Reports on military cantonments and civil stations in the Presidency of Bombay inspected by the Sanitary Commissioner in the years 1875 and 1876
Year: 1875
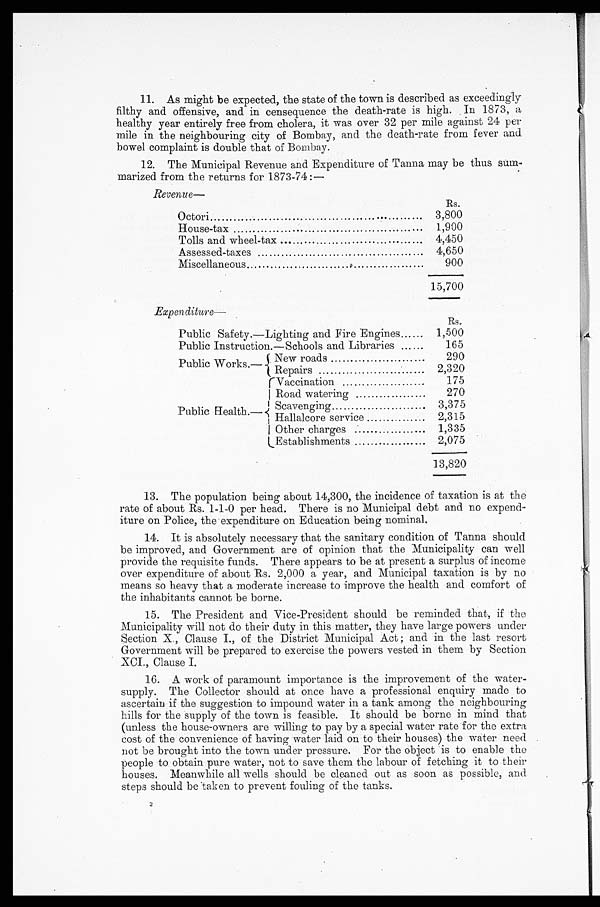
11.
As might be expected, the state of the town is described as exceedingly
filthy and offensive, and in censequence the death-rate is high. In 1873, a
healthy year entirely free from cholera, it was over 32 per mile against 24 per
mile in the neighbouring city of Bombay, and the death-rate from fever and
bowel complaint is double that of Bombay.
12.
The Municipal Revenue and Expenditure of Tanna may be thus sum-
marized from the returns for 1873-74:—
Revenue
Rs.
Octori.................
3,800
House-tax
1,900
Tolls and wheel-tax
.
4,450
Assessed-taxes.
4,650
Miscellaneous..
900
15,700
E x p e n d i t u r e —
Rs.
Public Safety.—Lighting and Fire Engines......
1,500
Public Instruction.—Schools and Libraries ......
165
Public Works.—
New roads
290
Repairs
Public Health.—
Vaccination
175
Road watering
270
Scavenging
3,375
Hallalcore service
.2,315
Other charges
.
1,335
Establishments
2,075
13,820
13.
The population being about 14,300, the incidence of taxation is at the
rate of about Rs. 1-1-0 per head. There is no Municipal debt and no expend-
iture on Police, the expenditure on Education being nominal.
14.
It is absolutely necessary that the sanitary condition of Tanna should
be improved, and Government are of opinion that the Municipality can well
provide the requisite funds. There appears to be at present a surplus of income
over expenditure of about Rs. 2,000 a year, and Municipal taxation is by no
means so heavy that a moderate increase to improve the health and comfort of
the inhabitants cannot be borne.
15.
The President and Vice-President should be reminded that, if the
Municipality will not do their duty in this matter, they have large powers under
Section X., Clause I., of the District Municipal Act; and in the last resort
Government will be prepared to exercise the powers vested in them by Section
NCI., Clause I.
16.
A work of paramount importance is the improvement of the water-
supply. The Collector should at once have a professional enquiry made to
ascertain if the suggestion to impound water in a tank among the neighbouring
hills for the supply of the town is feasible. It should be borne in mind that
(unless the house-owners are willing to pay by a special water rate for the extra
cost of the convenience of having water laid on to their houses) the water need
not be brought into the town under pressure. For the object is to enable the
people to obtain pure water, not to save them the labour of fetching it to their
houses. Meanwhile all wells should be cleaned out as soon as possible, and.
steps should be taken to prevent fouling of the tanks.
2